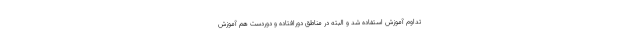
تداوم آموزش استفاده شد و البته در مناطق دورافتاده و دوردست هم آموزش